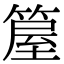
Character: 箼